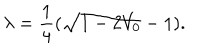
LaTeX: \lambda = { \frac { 1 } { 4 } } ( \sqrt { 1 - 2 V _ { 0 } } - 1 ) .